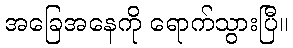
အခြေအနေကို ရောက်သွားပြီ။